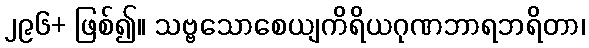
၂၉၆+ ဖြစ်၍။ သဗ္ဗသောစေယျကိရိယဂုဏဘာရဘရိတာ၊